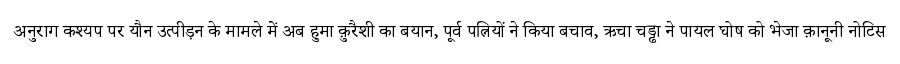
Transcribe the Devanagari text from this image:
अनुराग कश्यप पर यौन उत्पीड़न के मामले में अब हुमा क़ुरैशी का बयान, पूर्व पत्नियों ने किया बचाव, ऋचा चड्ढा ने पायल घोष को भेजा क़ानूनी नोटिस